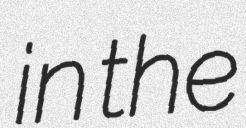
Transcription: in the